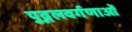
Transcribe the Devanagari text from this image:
पुद्गलवर्गणाओं